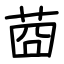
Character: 莔